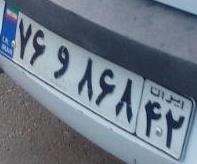
۷۶و۸۶۸۴۲